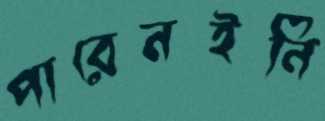
পারেনইনি